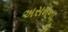
અસમના